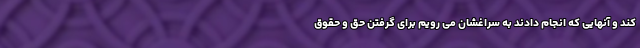
کند و آنهایی که انجام دادند به سراغشان می رویم برای گرفتن حق و حقوق